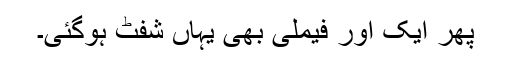
پھر ایک اور فیملی بھی یہاں شفٹ ہوگئی۔